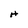
Character: H